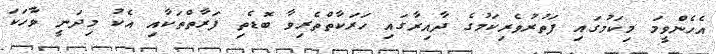
އެހެންވީމަ މިކަމުގައި ފަތުރުވެރިކަމުގެ ދާއިރާގައި ހަރަކާތްތެރިވާ ބޮޑެތި ފަރާތްތަކާއި އެކު މިދަނީ ވާހަކަ